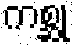
ကစ္ဆု